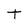
Character: t